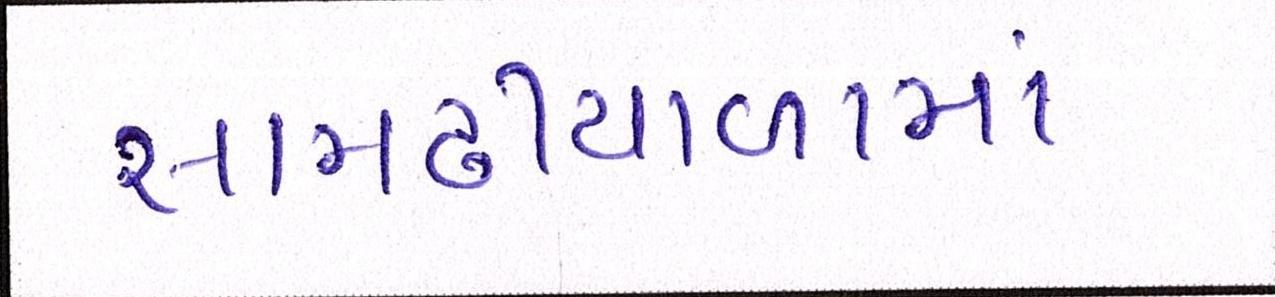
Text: સામઢીયાળામાં